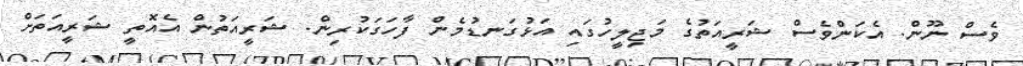
ވެސް ނޫން. އެކަންވެސް ޝަރީއަތުގެ މަޖިލީހުގައި އަޅުގަނޑުމެން ފާހަގަކުރިން. ޝަރީއަތުން އެއޮތީ ޝަރީއަތަށް